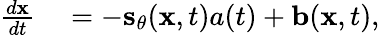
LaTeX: \begin{array}{rl}{\frac{d\mathbf{x}}{dt}}&{{}=-\mathbf{s}_{\theta}(\mathbf{x},t)a(t)+\mathbf{b}(\mathbf{x},t),}\end{array}